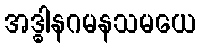
အဒ္ဓါနဂမနသမယေ